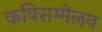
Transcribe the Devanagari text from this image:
कविसम्मेलन